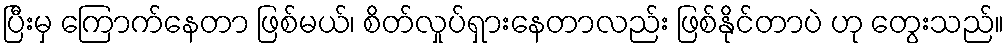
ပြီးမှ ကြောက်နေတာ ဖြစ်မယ်၊ စိတ်လှုပ်ရှားနေတာလည်း ဖြစ်နိုင်တာပဲ ဟု တွေးသည်။